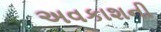
અવકાશની